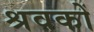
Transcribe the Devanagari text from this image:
श्रवकों